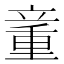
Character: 𰩨